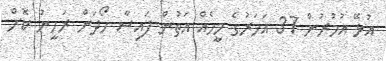
އުޅޭ އުމުރުން 37 އަހަރުގެ މީހެއް އަތުން ފައިސާ ހޯދަން ރަހީނު ކޮށް